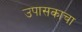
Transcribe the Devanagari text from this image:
उपासकाचा